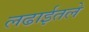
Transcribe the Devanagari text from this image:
लढाईतले